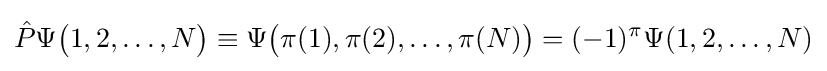
{\hat {P}}\Psi {\big (}1,2,\ldots ,N{\big )}\equiv \Psi {\big (}\pi (1),\pi (2),\ldots ,\pi (N){\big )}=(-1)^{\pi }\Psi (1,2,\ldots ,N)